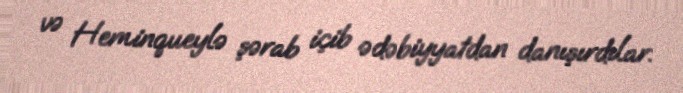
və Heminqueylə şərab içib ədəbiyyatdan danışırdılar.